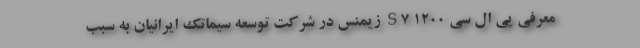
معرفی پی ال سی S7 1200 زیمنس در شرکت توسعه سیماتک ایرانیان به سبب